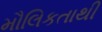
મૌલિકતાથી